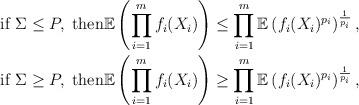
LaTeX: \begin{align*}\mathrm{if} \; \Sigma\le P, \;\mathrm{then} &\mathbb E\left( \prod_{i=1}^m f_i(X_i)\right) \le \prod_{i=1}^m\mathbb E \left( f_i(X_i)^{p_i} \right)^{\frac{1}{p_i}},\\ \mathrm{if} \; \Sigma\ge P, \;\mathrm{then} &\mathbb E\left( \prod_{i=1}^m f_i(X_i)\right) \ge \prod_{i=1}^m\mathbb E \left( f_i(X_i)^{p_i} \right)^{\frac{1}{p_i}},\end{align*}